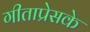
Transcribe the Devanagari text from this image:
गीताप्रेसके